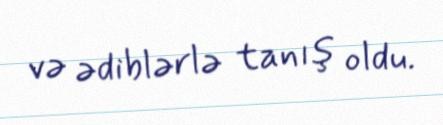
və ədiblərlə tanış oldu.